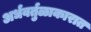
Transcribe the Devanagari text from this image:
अर्धवर्तुळाकारात